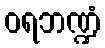
ဝရဘဏ္ဍံ